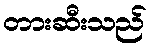
တားဆီးသည်